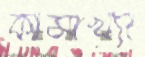
কামাখ্যা